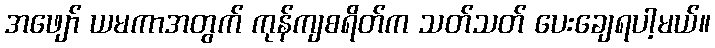
အဖျော် ယမကာအတွက် ကုန်ကျစရိတ်က သတ်သတ် ပေးချေရပါ့မယ်။